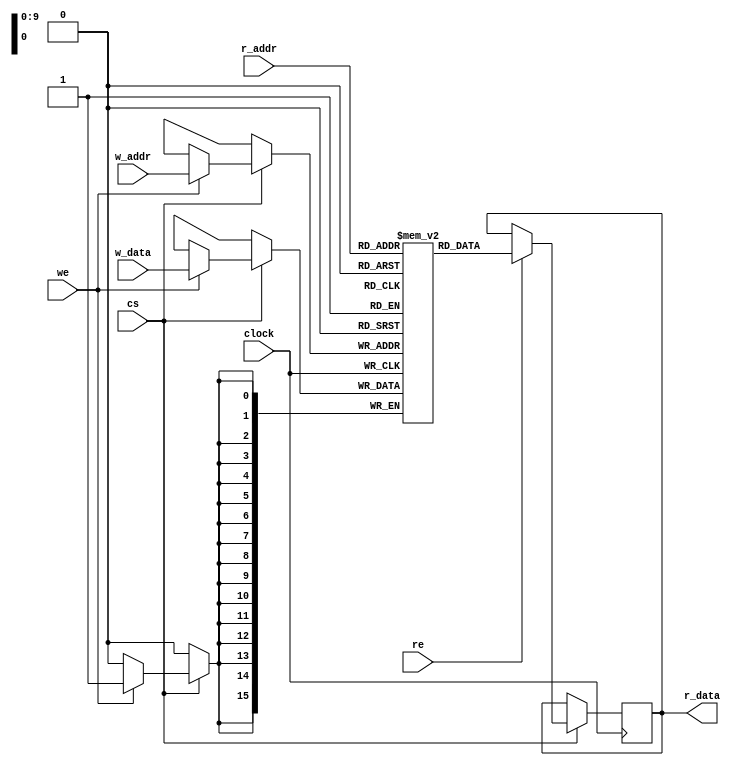
`timescale 1ns / 1ps
//////////////////////////////////////////////////////////////////////////////////
// Company: 
// Engineer: 
// 
// Design Name: 
// Module Name: RAM_interface
// Project Name: 
// Target Devices: 
// Tool Versions: 
// Description: 
// 
// Dependencies: 
// 
// Revision:
// Revision 0.01 - File Created
// Additional Comments:
// 
//////////////////////////////////////////////////////////////////////////////////


module RAM_interface(
    clock,  //clock input
    we, //write enable
    w_addr, //write address
    w_data,//write data
    re,//read enable
    r_addr,//read address
    cs,//chip select (ignores inputs if cs = 0)
    r_data,//output for read operation
    //w_done //output for successul write
    );
    
    //parameters
    parameter DATA_WIDTH = 16;
    parameter ADDR_WIDTH = 10;
    parameter RAM_DEPTH = 1<<ADDR_WIDTH;
    
    //define inputs
    input clock,we,re,cs;
    input [ADDR_WIDTH-1:0] r_addr, w_addr;
    input[DATA_WIDTH-1:0] w_data;
    output reg[DATA_WIDTH-1:0] r_data;
    //preivate registers
    reg [DATA_WIDTH-1:0] mem [0:RAM_DEPTH-1]; // Set up the memory array
    always@ (posedge clock)begin
        if(cs)begin
            if (we) mem[w_addr] <= w_data;
            if (re) r_data<= mem[r_addr];
        end
    end
endmodule